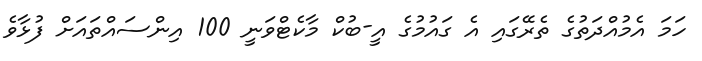
ހަމަ އެމުއްދަތުގެ ތެރޭގައި އެ ގައުމުގެ އީ-ބުކް މާކެޓްވަނީ 100 އިންސައްތައަށް ފުޅާވެ